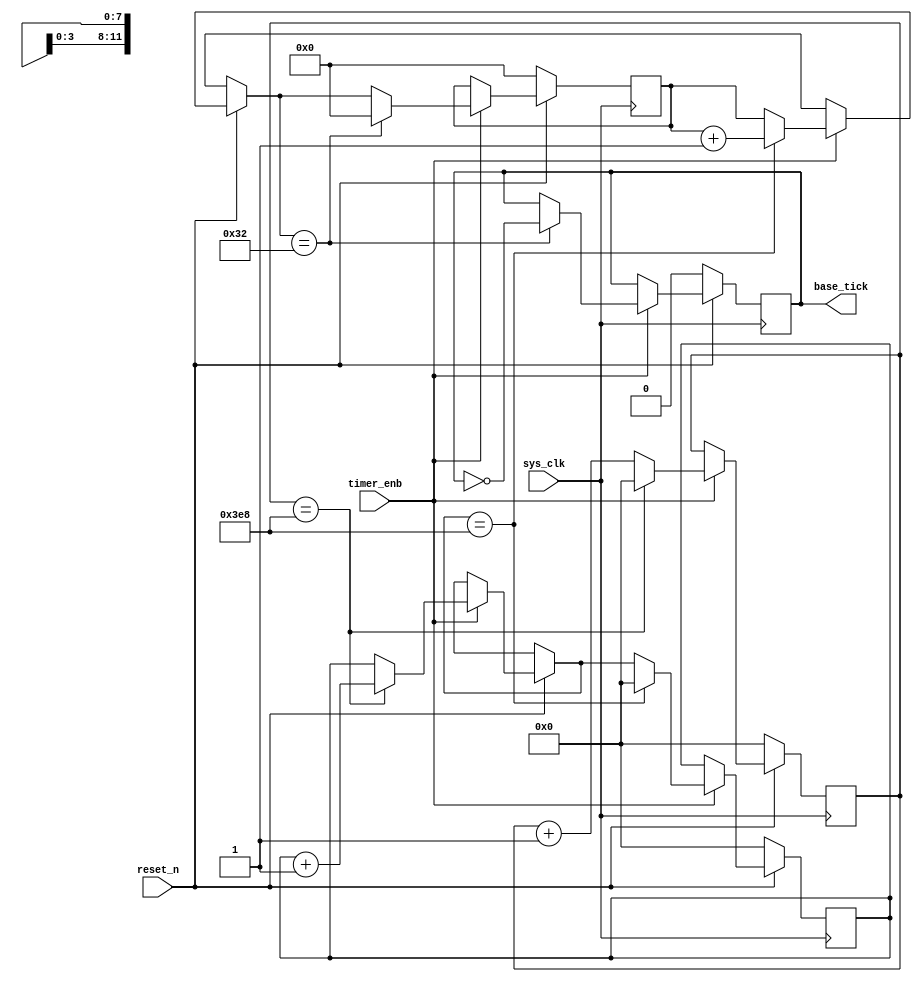


module timer(sys_clk,reset_n,timer_enb,base_tick);
   output base_tick;
   input sys_clk,reset_n,timer_enb;
   reg [11:0] count101,count102;
   reg [7:0] count50;
   reg base_tick;
     initial
     begin
           base_tick = 0;
           count50 =8'h00;
           count101 =12'h000;
           count102 =12'h000;

      end      
 
     always @(negedge sys_clk) 
     	begin
     		if (reset_n == 1)
     		 begin
     		 	if (timer_enb == 1)
     		 	 begin
     		 	 	if (count102 == 12'h3E8)
     		 	 	 begin
     		 	 	 	count101 = count101 + 12'h001;
     		 	 	 	count102 = 12'h000;
     		 	 	 end
     		 	 	 else begin
     		 	 	 	count102 = count102 + 12'h001;
     		 	 	 end
     		 	 	if (count101 == 12'h3E8)
     		 	 	 begin
     		 	 	  	count50 = count50 + 8'h01;
     		 	 	  	count101 = 12'h000;
     		 	 	  end 
     		 	 	if (count50 == 8'h32) begin
     		 	 		base_tick = ~base_tick;
     		 	 		count50 = 8'h00;
     		 	 	end
     		 	 end
     		 end
     		else begin
     			base_tick = 0;
           count50 =8'h00;
           count101 =12'h000;
           count102 =12'h000;
     		end
     	end
       
   
    	
    

 
 	
 	
 	
 
endmodule